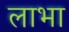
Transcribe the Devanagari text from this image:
लाभा